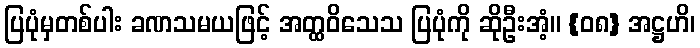
ပြပုံမှတစ်ပါး ခဏသမယဖြင့် အတ္ထဝိသေသ ပြပုံကို ဆိုဦးအံ့။ {၀၈} အဋ္ဌဟိ၊